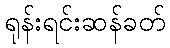
ရုန်းရင်းဆန်ခတ်